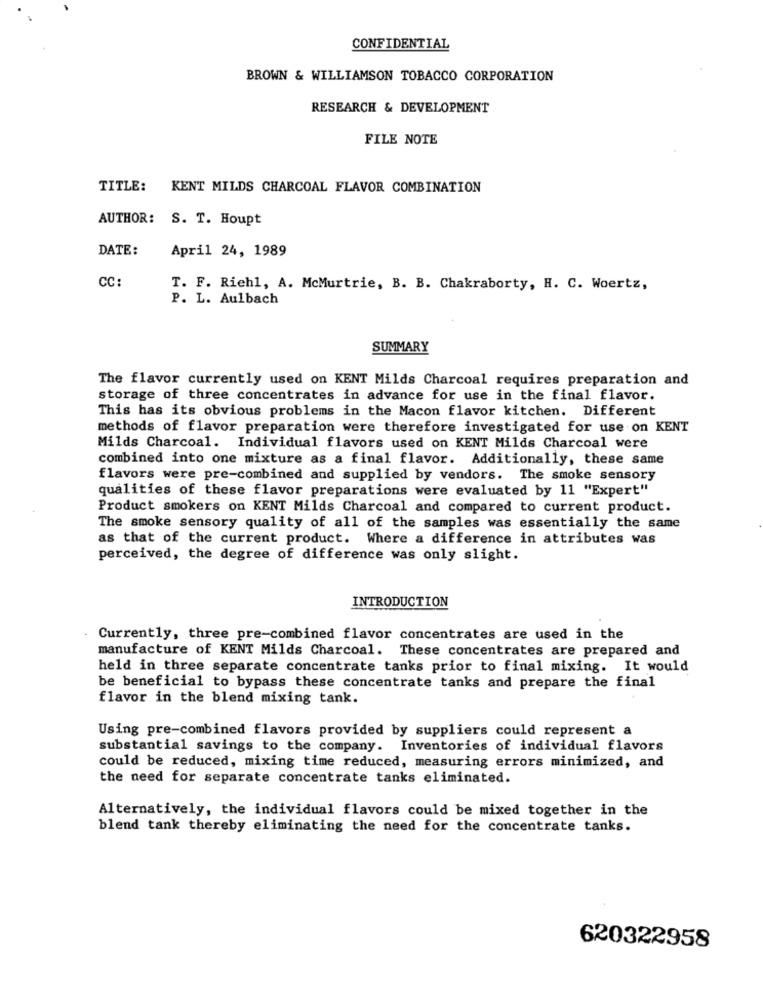
CONFIDENTIAL
BROWN & WILLIAMSON TOBACCO CORPORATION
RESEARCH & DEVELOPMENT
FILE NOTE
TITLE: KENT MILDS CHARCOAL FLAVOR COMBINATION
AUTHOR: S. T. Houpt
DATE:
April 24, 1989
CC
T. F. Riehl, A. McMurtrie, B. B. Chakraborty, H. C. Woertz,
P. L. Aulbach
SUMMARY
The flavor currently used on KENT Milds Charcoal requires preparation and
storage of three concentrates in advance for use in the final flavor.
This has its obvious problems in the Macon flavor kitchen. Different
methods of flavor preparation were therefore investigated for use on KENT
Milds Charcoal. Individual flavors used on KENT Milds Charcoal were
combined into one mixture as a final flavor. Additionally, these same
flavors were pre-combined and supplied by vendors. The smoke sensory
qualities of these flavor preparations were evaluated by 11 "Expert"
Product smokers on KENT Milds Charcoal and compared to current product.
The smoke sensory quality of all of the samples was essentially the same
as that of the current product. Where a difference in attributes was
perceived, the degree of difference was only slight.
INTRODUCTION
Currently, three pre-combined flavor concentrates are used in the
manufacture of KENT Milds Charcoal. These concentrates are prepared and
held in three separate concentrate tanks prior to final mixing. It would
be beneficial to bypass these concentrate tanks and prepare the final
flavor in the blend mixing tank.
Using pre-combined flavors provided by suppliers could represent a
substantial savings to the company. Inventories of individual flavors
could be reduced, mixing time reduced, measuring errors minimized, and
the need for separate concentrate tanks eliminated.
Alternatively, the individual flavors could be mixed together in the
blend tank thereby eliminating the need for the concentrate tanks.
620322958